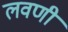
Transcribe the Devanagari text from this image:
लवणी